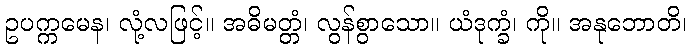
ဥပက္ကမေန၊ လုံ့လဖြင့်။ အဓိမတ္တံ၊ လွန်စွာသော။ ယံဒုက္ခံ၊ ကို။ အနုဘောတိ၊